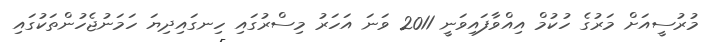
މުރުސީއަށް މަރުގެ ހުކުމް އިއްވާފައިވަނީ 2011 ވަނަ އަހަރު މިސްރުގައި ހިނގައިދިޔަ ހަމަނުޖެހުންތަކުގައި